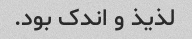
لذیذ و اندک بود.